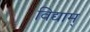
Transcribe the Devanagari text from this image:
विद्याम्